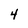
Character: 4